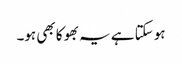
ہو سکتا ہے یہ بھوکا بھی ہو۔